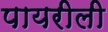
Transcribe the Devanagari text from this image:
पायरीली